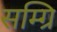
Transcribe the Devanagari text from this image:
सम्ग्रि